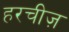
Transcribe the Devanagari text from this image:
हरचीज़